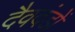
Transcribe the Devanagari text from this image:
दैवदंडों